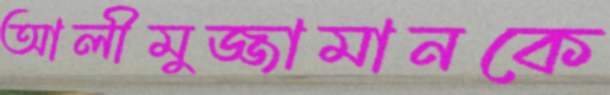
আলীমুজ্জামানকে